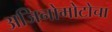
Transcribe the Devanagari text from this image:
अजिनोमोटोचा